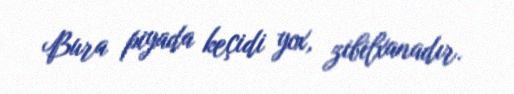
Bura piyada keçidi yox, zibilxanadır.